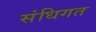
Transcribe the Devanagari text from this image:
संधिगत